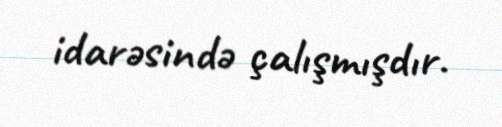
idarəsində çalışmışdır.